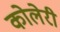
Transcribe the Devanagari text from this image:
कोलेरी